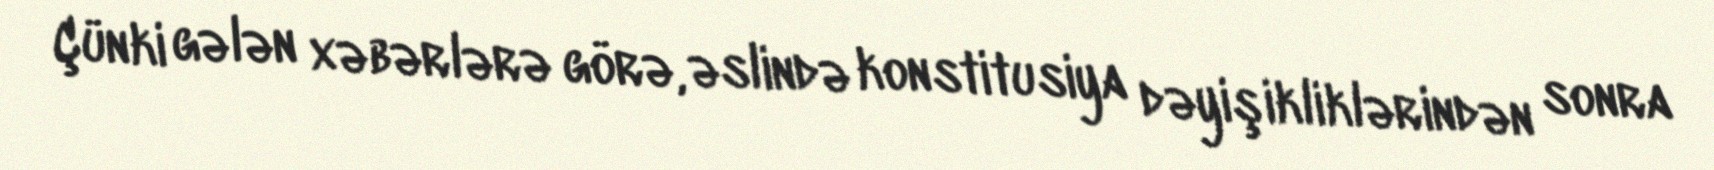
Çünki gələn xəbərlərə görə, əslində konstitusiya dəyişikliklərindən sonra